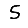
Digit: 5